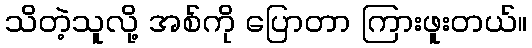
သိတဲ့သူလို့ အစ်ကို ပြောတာ ကြားဖူးတယ်။